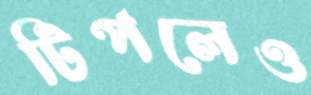
টিপলেও